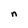
Character: n